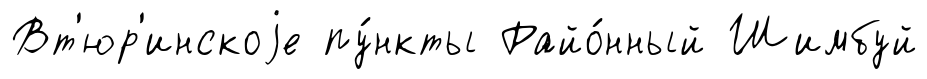
Вт'юр'инскоjе пу́нкты Райо́нный Шимбуй